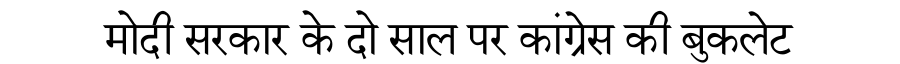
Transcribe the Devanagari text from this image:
मोदी सरकार के दो साल पर कांग्रेस की बुकलेट